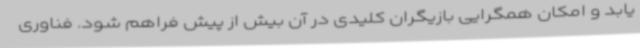
یابد و امکان همگرایی بازیگران کلیدی در آن بیش از پیش فراهم شود. فناوری